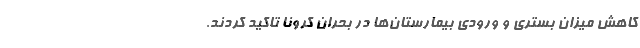
کاهش میزان بستری و ورودی بیمارستان‌ها در بحران کرونا تاکید کردند.